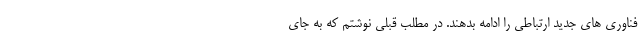
فناوری های جدید ارتباطی را ادامه بدهند. در مطلب قبلی نوشتم که به جای